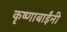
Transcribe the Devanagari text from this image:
कृष्णाबाईंनी